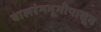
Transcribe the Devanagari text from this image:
बालरंगभूमीपासून